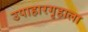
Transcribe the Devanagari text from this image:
उपाहारगृहाला